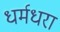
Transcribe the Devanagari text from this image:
धर्मधरा